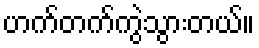
ဟက်တက်ကွဲသွားတယ်။